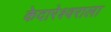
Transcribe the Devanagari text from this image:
केदारेश्वराला